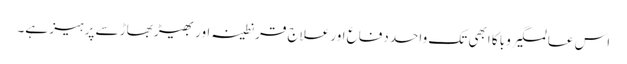
اس عالمگیر وبا کا ابھی تک واحد دفاع اور علاج قرنطینہ اور بھیڑ بھاڑ سے پرہیز ہے۔